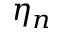
\eta _ { n }